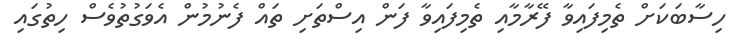
ހިސާބަކަށް ތެމިފައިވާ ފޭރާމާއި ތެމިފައިވާ ފަން އިސްތަށި ތައް ފެނުމުން އެވަގުތުވެސް ހިތުގައި